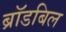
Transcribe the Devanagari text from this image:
ब्रॉडबिल